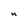
Character: n